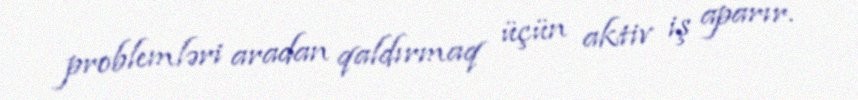
problemləri aradan qaldırmaq üçün aktiv iş aparır.